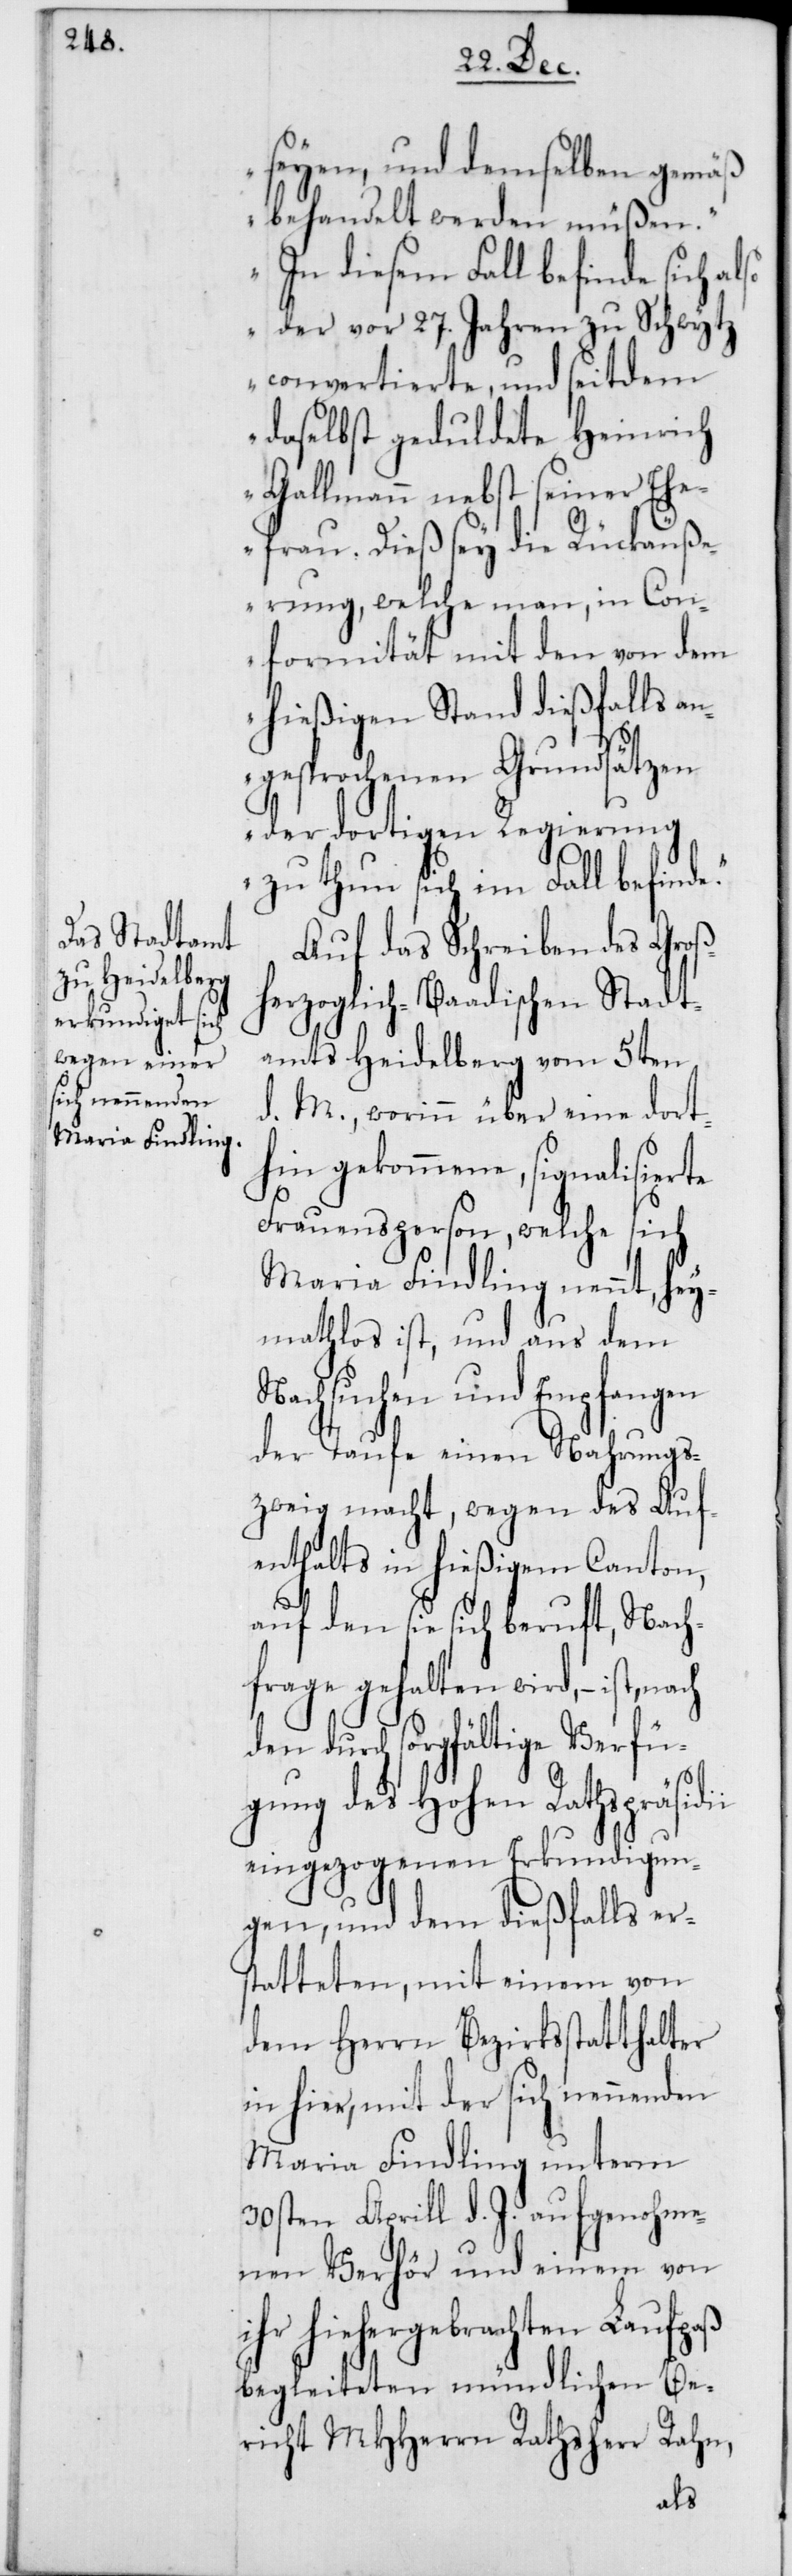
i

seyen, und demselben gemäß
behandelt werden müßen.“
In diesem Fall befinde sich al¬
so der vor 27. Jahren zu Schwytz
convertierte, und seitdem
daselbst geduldete Heinrich
Gallmann nebst seiner Ehe¬
frau. Dieß sey die Rückäuß¬
erung, welche man, in Con¬
formität mit den von dem
hießigen Stand dießfalls an¬
gesprochenen Grundsätzen
der dortigen Regierung
zu thun sich im Fall befind¬
Auf das Schreiben des Groß¬
herzoglich-Baadischen Stadt¬
amts Heidelberg vom 5ten
d. M., worinn über eine dort¬
hin gekommene, signalisie¬
Frauensperson, welche sich
Maria Findling nennt, hey¬
mathlos ist, und aus dem
Nachsuchen und Empfangen
der Taufe einen Nahrungs¬
zweig macht, wegen des Auf¬
enthalts in hießigem Canton,
auf den sie sich beruft, Nach¬
frage gehalten wird, – ist,
den durch sorgfältige Verfü¬
rte
gung des Hohen Rathspräsidi¬
eingezogenen Erkundigun¬
gen, und den dießfalls er¬
statteten, mit einem von
dem Herrn Bezirksstatthalter
in hier, mit der sich nennenden
Maria Findling unterm
30sten Aprill d. J. aufgenohme¬
nen Verhör und einem von
ihr hiehergebrachten Laufpaß
begleiteten mündlichen Be¬
richt MHHerrn Rathsherr Rahn,